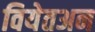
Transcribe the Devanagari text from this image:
वियेतअन